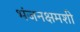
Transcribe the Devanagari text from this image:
भंजनक्षमशी